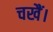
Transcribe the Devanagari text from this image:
चखैं।